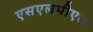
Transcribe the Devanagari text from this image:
एसएलपीएल